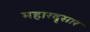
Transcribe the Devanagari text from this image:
महारदृसार